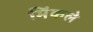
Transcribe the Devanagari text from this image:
मिंकले